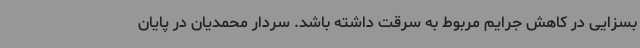
بسزایی در کاهش جرایم مربوط به سرقت داشته باشد. سردار محمدیان در پایان